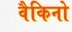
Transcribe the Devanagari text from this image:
वैकिनो